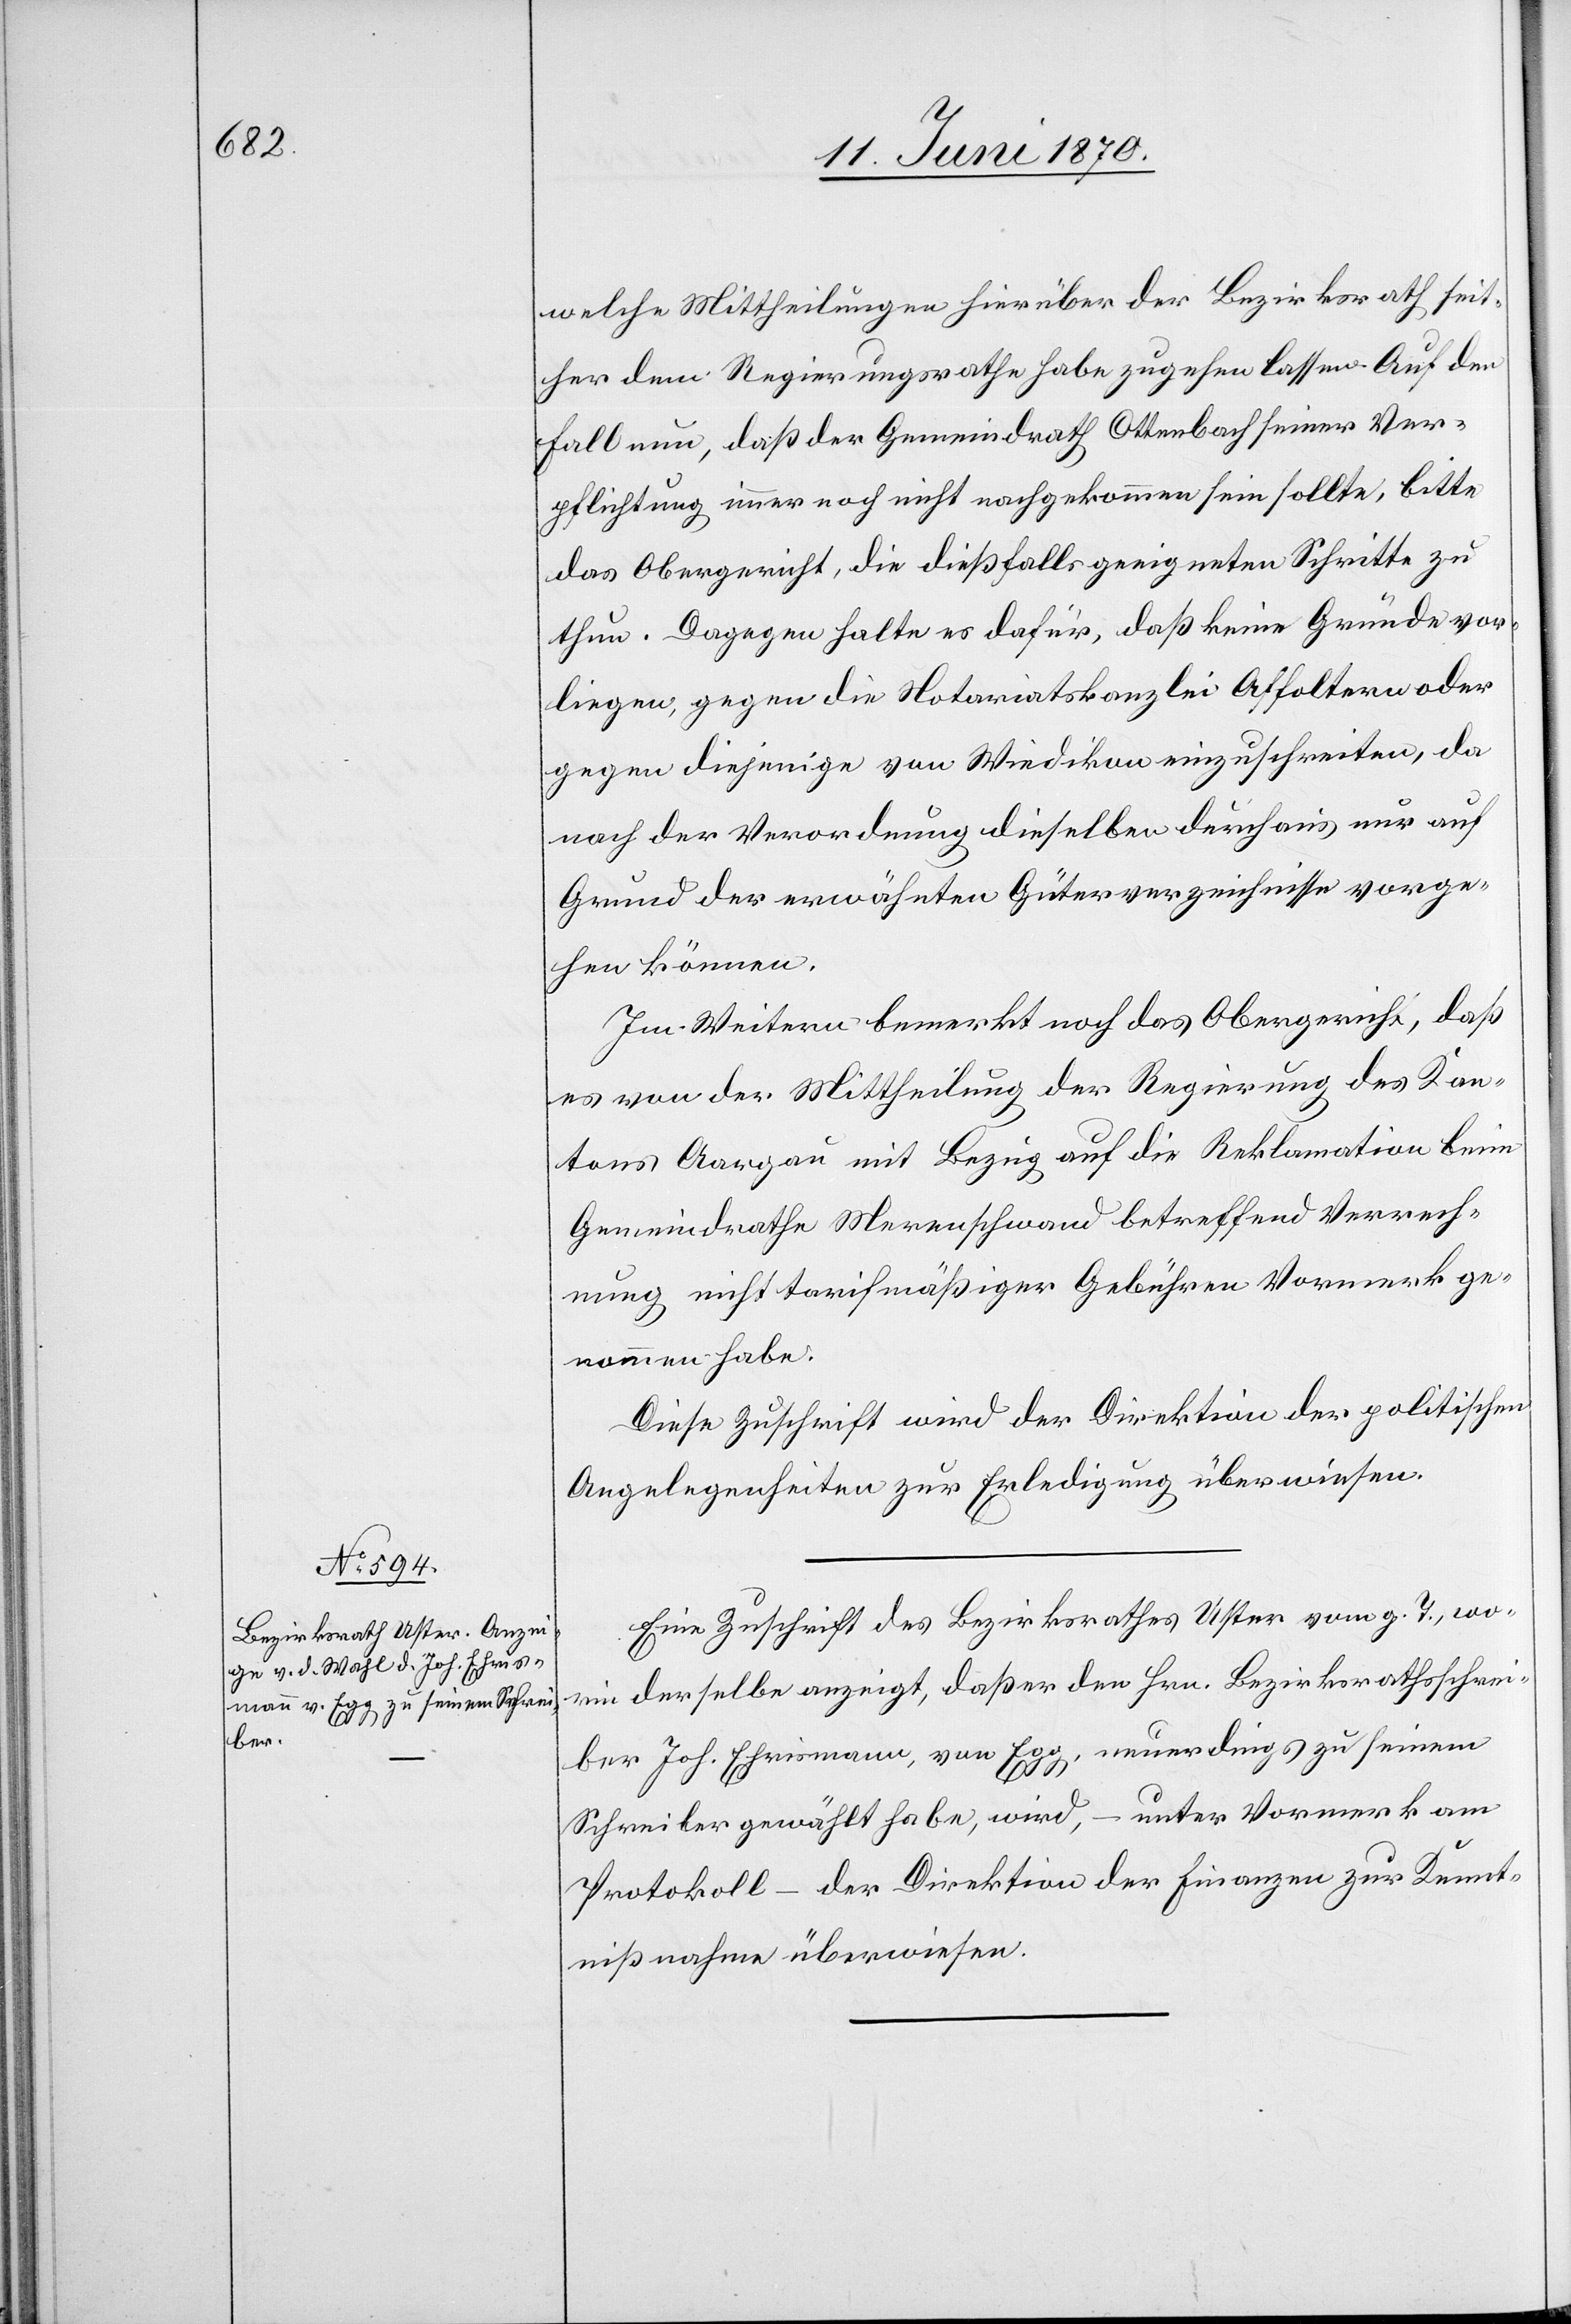
welche Mittheilungen hierüber der Bezirksrath seit¬
her dem Regierungsrathe habe zugehen lassen. Auf den
Fall nun, daß der Gemeindrath Ottenbach seiner Ver¬
pflichtung immer noch nicht nachgekommen sein sollte, bitte
das Obergericht, die dießfalls geeigneten Schritte zu
thun. Dagegen halte es dafür, daß keine Gründe vor¬
liegen, gegen die Notariatskanzlei Affoltern oder
gegen diejenige von Wiedikon einzuschreiten, da
nach der Verordnung dieselben durchaus nur auf
Grund der erwähnten Güterverzeichnisse vorge¬
hen können.
Im Weitern bemerkt noch das Obergericht, daß
es von der Mittheilung der Regierung des Kan¬
tons Aargau mit Bezug auf die Reklamation beim
Gemeindrathe Merenschwand [sic!] betreffend Verrech¬
nung nicht tarifmäßiger Gebühren Vormerk ge¬
nommen habe.
Diese Zuschrift wird der Direktion der politischen
Angelegenheiten zur Erledigung überwiesen.
Eine Zuschrift des Bezirksrathes Uster vom g. T., wo¬
rin derselbe anzeigt, daß er den Hrn. Bezirksrathsschrei¬
ber Joh. Ehrismann, von Egg, neuerdings zu seinem
Schreiber gewählt habe, wird, – unter Vormerk am
Protokoll – der Direktion der Finanzen zur Kennt¬
nißnahme überwiesen.